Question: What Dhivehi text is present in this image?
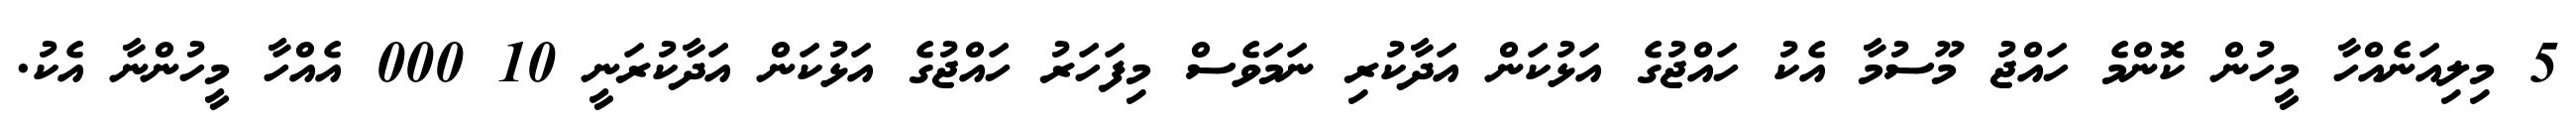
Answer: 5 މިލިއަނެއްހާ މީހުން ކޮންމެ ހައްޖު މޫސުމާ އެކު ހައްޖުގެ އަޅުކަން އަދާކުރި ނަމަވެސް މިފަހަރު ހައްޖުގެ އަޅުކަން އަދާކުރަނީ 10 000 އެއްހާ މީހުންނާ އެކު.